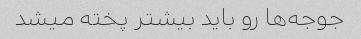
جوجه‌ها رو باید بیشتر پخته میشد